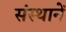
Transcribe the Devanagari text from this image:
संस्थानें